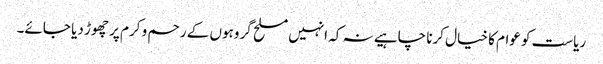
ریاست کو عوام کا خیال کرنا چاہیے نہ کہ انہیں مسلح گروہوں کے رحم و کرم پر چھوڑ دیا جائے۔